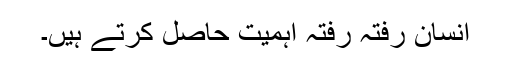
انسان رفتہ رفتہ اہمیت حاصل کرتے ہیں۔